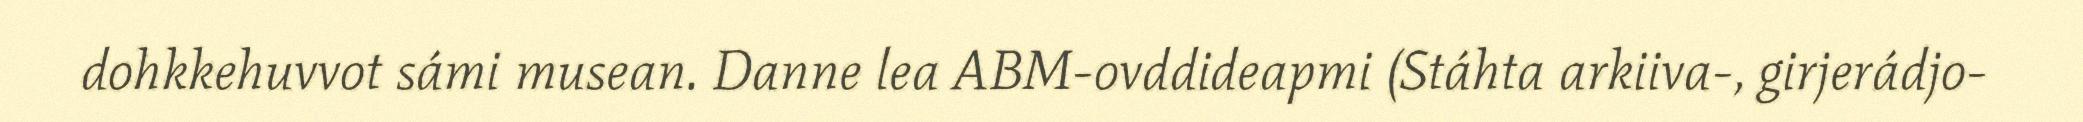
dohkkehuvvot sámi musean. Danne lea ABM-ovddideapmi (Stáhta arkiiva-, girjerádjo-